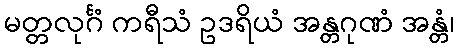
မတ္တလုင်္ဂံ ကရီသံ ဥဒရိယံ အန္တဂုဏံ အန္တံ၊